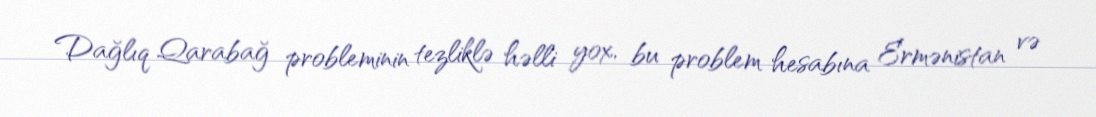
Dağlıq Qarabağ probleminin tezliklə həlli yox, bu problem hesabına Ermənistan və